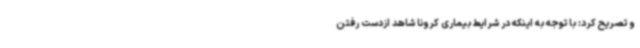
و تصریح کرد: با توجه به اینکه در شرایط بیماری کرونا شاهد ازدست رفتن